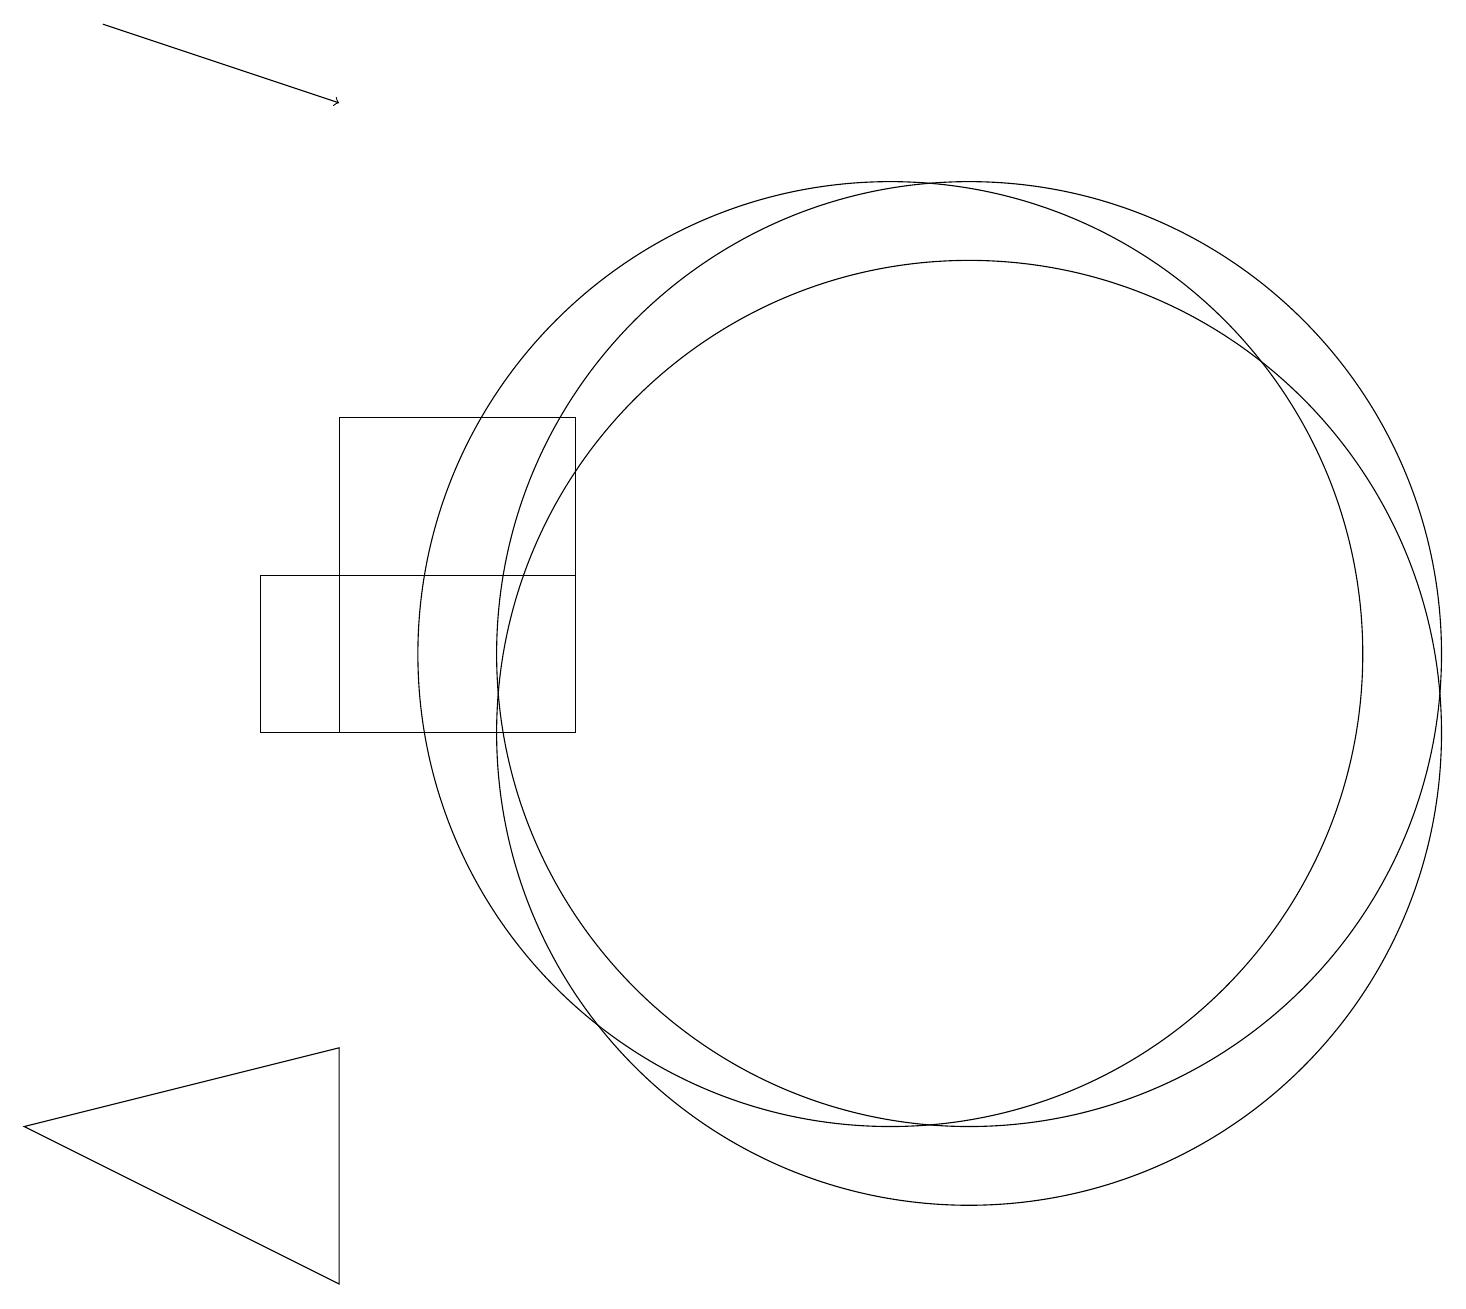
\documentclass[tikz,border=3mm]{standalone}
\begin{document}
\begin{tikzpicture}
\draw (7,14) rectangle (4,10);
\draw (12,11) circle (6);
\draw (11,11) circle (6);
\draw[->] (1,19) -- (4,18);
\draw (12,10) circle (6);
\draw (7,12) rectangle (3,10);
\draw (11,12) circle (0);
\draw (4,3) -- (4,6) -- (0,5) -- cycle;
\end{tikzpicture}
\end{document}